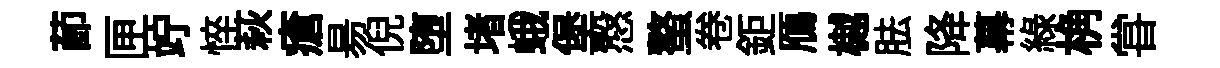
莭匣竚悴萩瘡昜倪堕堵蛾堡慤螯卷鉅鴈樾胠降幕綠桷甞